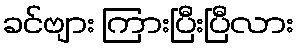
ခင်ဗျား ကြားပြီးပြီလား